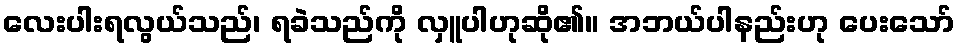
လေးပါးရလွယ်သည်၊ ရခဲသည်ကို လှူပါဟုဆို၏။ အဘယ်ပါနည်းဟု ပေးသော်